system: You are a helpful assistant.
user:
Analyze the provided spectrum to determine if it is a **M-type Giant (gM)**.

A M-type Giant spectrum is defined by its **strong molecular absorption** features, particularly from **Titanium Oxide (TiO)**. You must check for one of the following mutually exclusive signatures:

- **Key Visual Indicators (Absorption-Dominated Spectrum):**

    - **(Primary):** The spectrum is dominated by strong molecular absorption from **Titanium Oxide (TiO)**. This is the **defining feature** of its M-type temperature class.
        - **(Key Bandheads):** Look for sharp, "saw-tooth" absorption valleys. The strongest are located near **~7050 Å**, **~6160 Å**, and **~5170 Å**.
        - **(Line Profile):** The "saw-tooth" morphology is critical: a **sharp, steep drop on the BLUE (short-wavelength) side** of the bandhead, followed by a gradual recovery (rising flux) towards the RED (long-wavelength) side.

    - **(Key Confirmation - Giant vs. Dwarf):** **ABSENCE** of strong **Calcium Hydride (CaH)** molecular bands. This is the primary diagnostic for *excluding* M-dwarfs.
        - **(Key Region):** The spectrum should lack the strong, broad absorption band seen in dwarfs between **~6800 Å and ~7000 Å**.

    - **(Secondary Confirmation - Giant):** A very strong and broad **Neutral Calcium (Ca I)** atomic absorption line.
        - **(Key Line):** Located at **~4226 Å**. In a giant (gM), this line is significantly deeper and broader than the same line in an M-dwarf (dM) due to low surface gravity.

    - **(Overall Spectrum):**
        - The continuum is **extremely red-sloping** (i.e., flux is very low in the blue and rises dramatically towards the red).
        - The entire spectrum appears "chopped up" by the deep TiO bands.

Think first, call **spectral_visualization_tool** if needed to examine features in detail, then provide your final answer. Your response must adhere to the following strict rules:
1.  **Overall Structure:** Your response must follow the format `<think>...</think> <tool_call>...</tool_call> (if a tool is used) <answer>...</answer>`.
2.  **Tool Usage Constraint:** You may only make **one** tool call per turn.
3.  **Final Answer Format:** In the `<answer>` tag, your conclusion must be inside a `\boxed{}` command (e.g., `\boxed{YES}` or `\boxed{NO}`), followed by your justification.

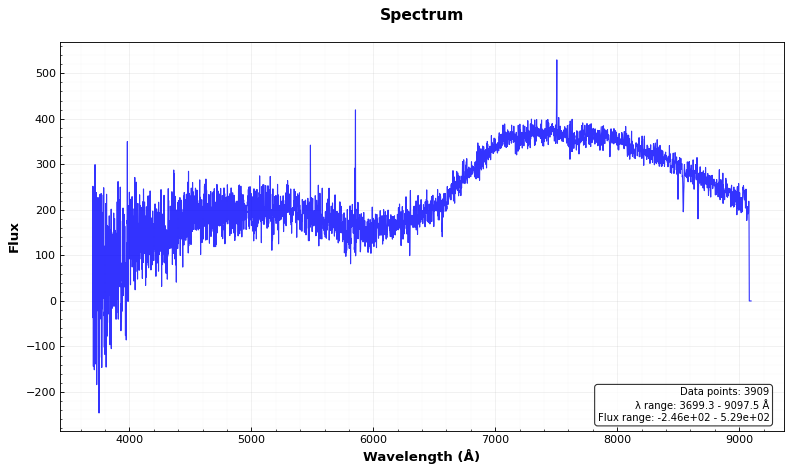
Answer: NO